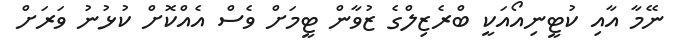
ނޭމާ އާއި ކުޓީނިއޯއަކީ ބްރެޒިލްގެ ޒުވާން ޓީމަށް ވެސް އެއްކޮށް ކުޅުނު ވަރަށް